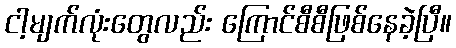
ငါ့မျက်လုံးတွေလည်း ကြောင်စီစီဖြစ်နေခဲ့ပြီ။